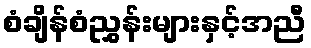
စံချိန်စံညွှန်းများနှင့်အညီ